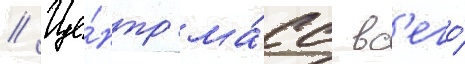
// Це́нтр ма́сс вс'его́